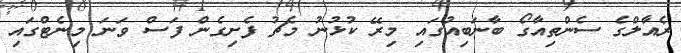
ރެއާލްގެ ސެންތިއާގޯ ބާނަބިއުގައި މިރޭ ކުޅުނު މެޗު ފެށިގެން ފަސް ވަނަ މިނެޓްގައި